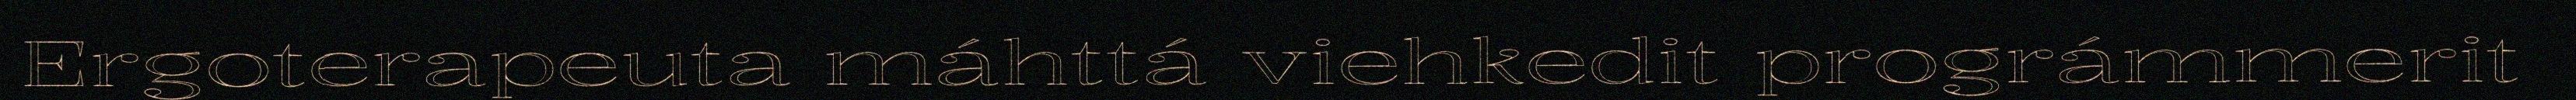
Ergoterapeuta máhttá viehkedit prográmmerit